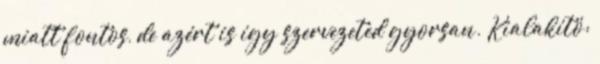
miatt fontos, de azért is így szervezeted gyorsan. Kialakító: